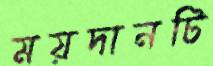
ময়দানটি